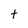
Character: t